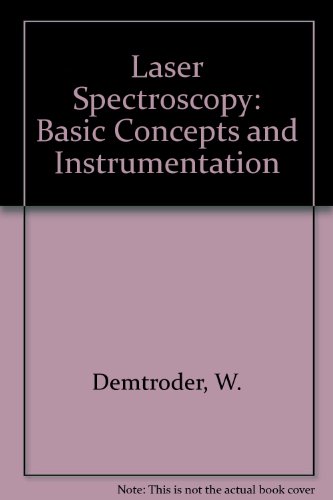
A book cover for Laser Spectroscopy: Basic Concepts and Instrumentation; W. Demtroder; Science & Math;